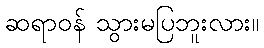
ဆရာဝန် သွားမပြဘူးလား။